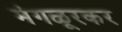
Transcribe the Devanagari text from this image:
मंगळूरकर